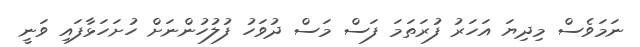
ނަމަވެސް މިދިޔަ އަހަރު ފުރަތަމަ ފަސް މަސް ދުވަހު ފުލުހުންނަށް ހުށަހަޅާފައި ވަނީ